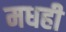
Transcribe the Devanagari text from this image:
मधही